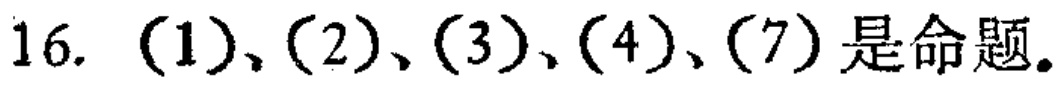
16. （1）、（2）、（3）、（4）、（7）是命题。